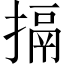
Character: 搹